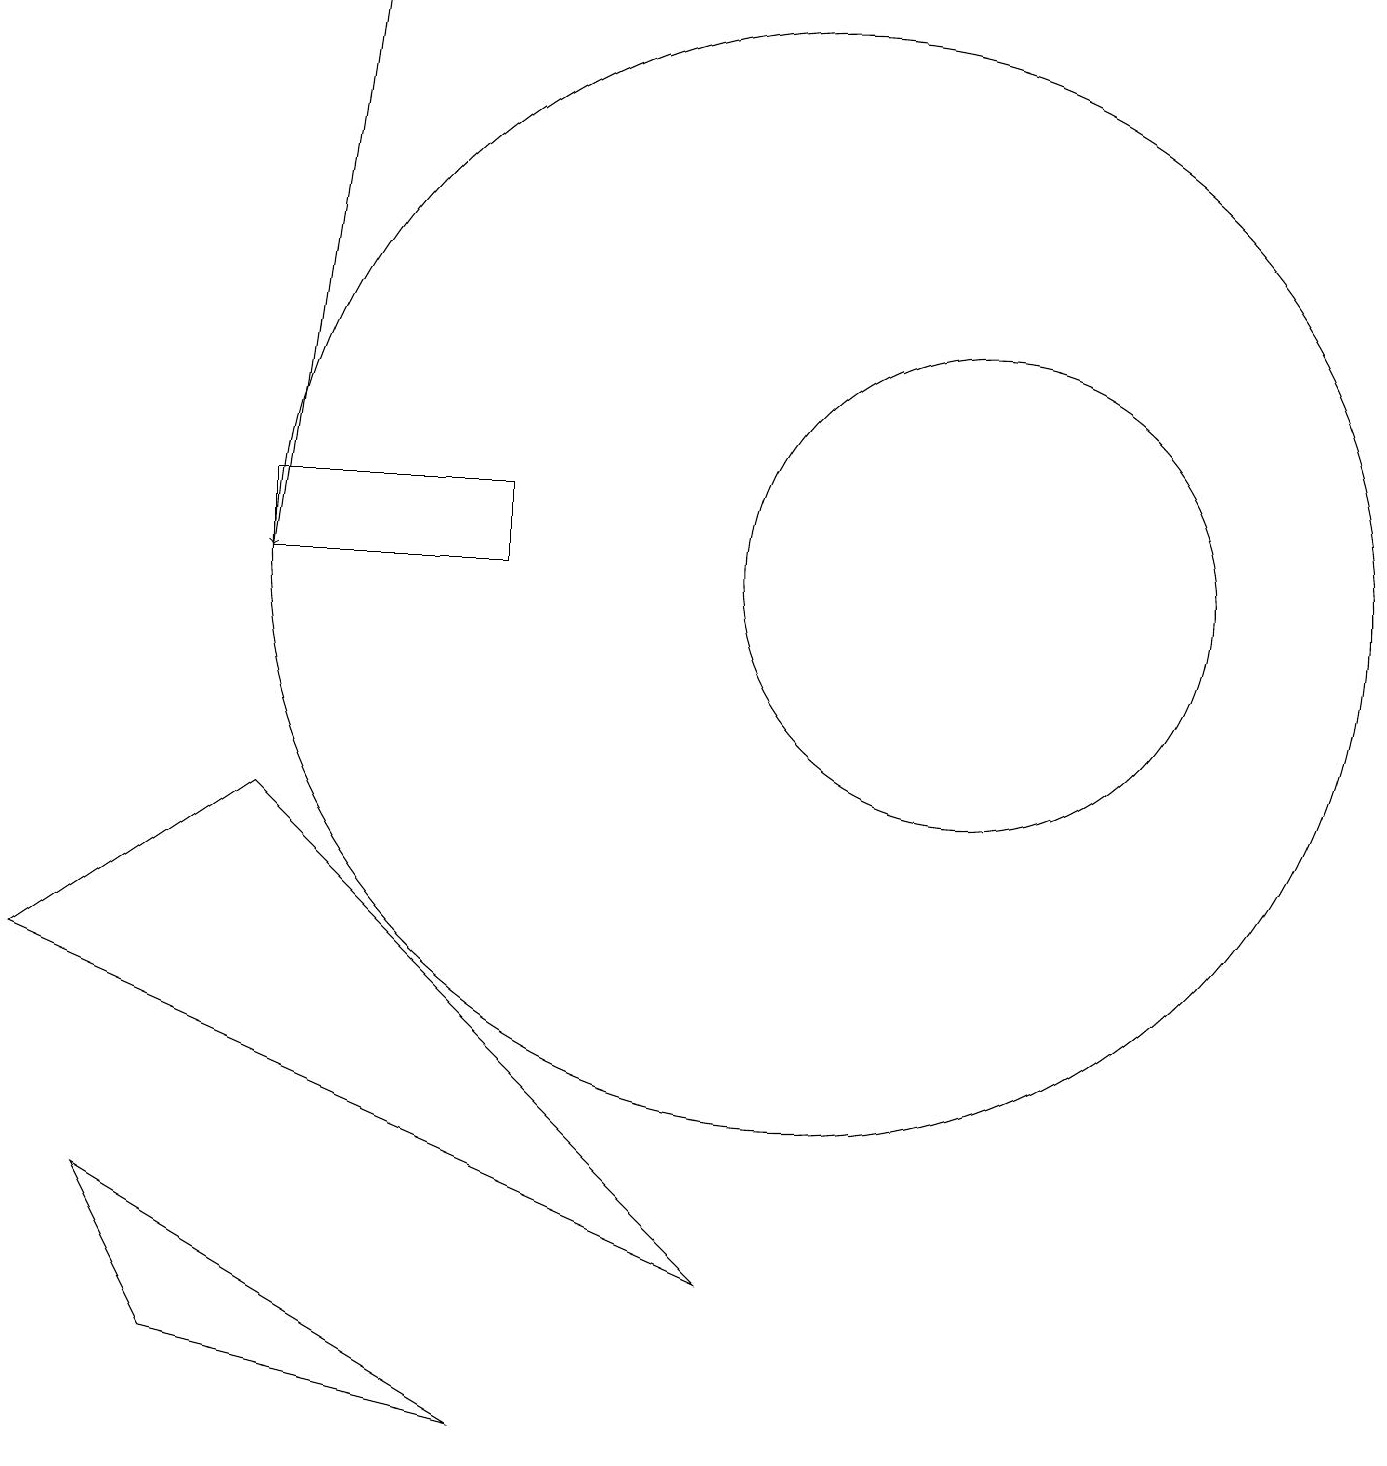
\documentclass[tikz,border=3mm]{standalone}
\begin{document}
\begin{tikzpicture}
\draw[->] (4,18) -- (3,11);
\draw (12,11) circle (3);
\draw (0,6) -- (9,2) -- (3,8) -- cycle;
\draw (2,1) -- (6,0) -- (1,3) -- cycle;
\draw (3,12) rectangle (6,11);
\draw (10,11) circle (7);
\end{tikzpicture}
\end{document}